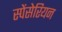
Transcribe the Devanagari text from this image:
स्पेंसेरियन